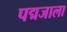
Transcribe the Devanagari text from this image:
पद्मजाला